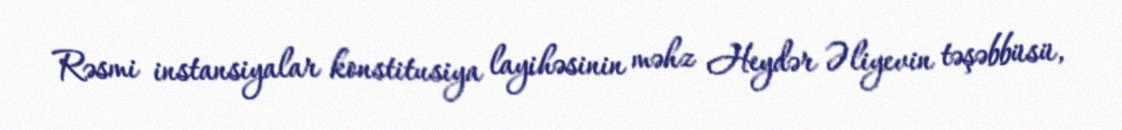
Rəsmi instansiyalar konstitusiya layihəsinin məhz Heydər Əliyevin təşəbbüsü,